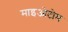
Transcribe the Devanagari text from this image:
माइओटोम